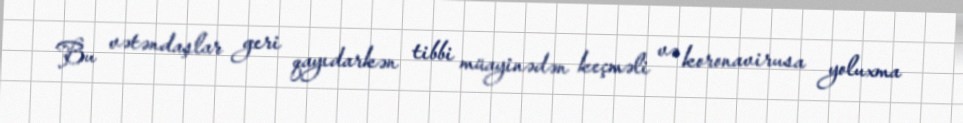
Bu vətəndaşlar geri qayıdarkən tibbi müayinədən keçməli və koronavirusa yoluxma